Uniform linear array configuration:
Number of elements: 24
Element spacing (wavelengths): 0.5
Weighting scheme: exponential
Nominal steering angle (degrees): -15
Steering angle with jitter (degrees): -14.752
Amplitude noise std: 0.05
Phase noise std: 0.05

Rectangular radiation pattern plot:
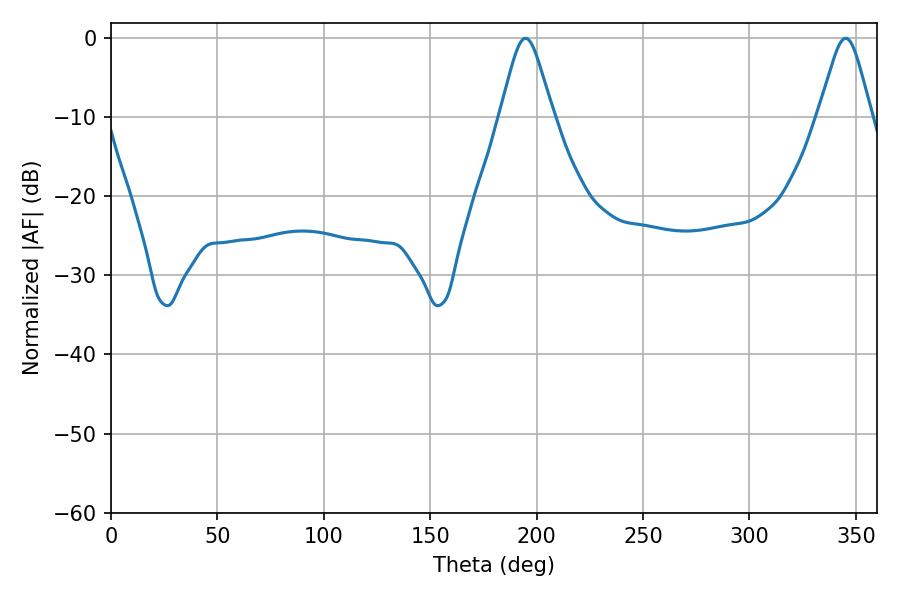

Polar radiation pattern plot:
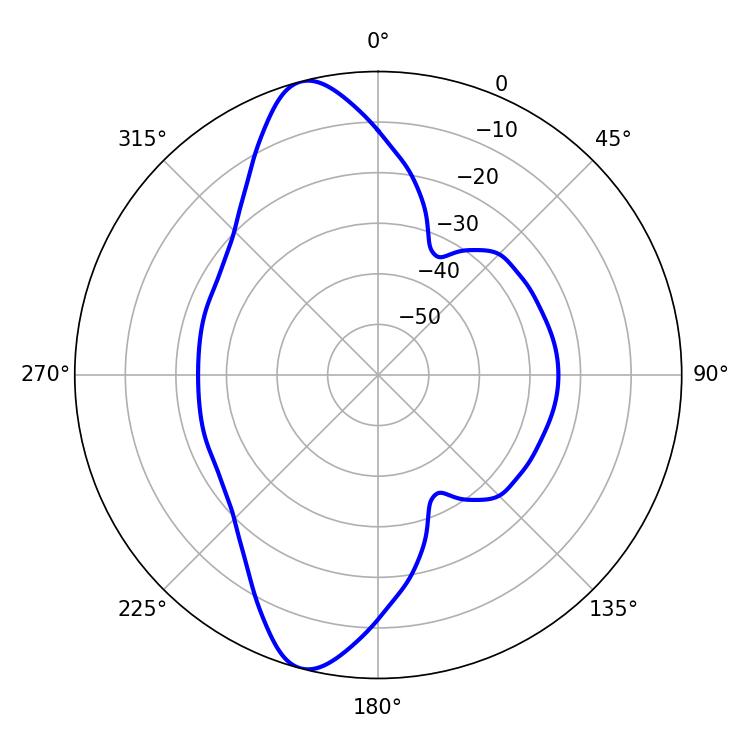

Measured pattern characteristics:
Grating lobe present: FALSE
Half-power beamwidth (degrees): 12.06
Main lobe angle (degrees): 194.76